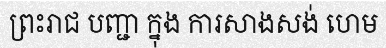
ព្រះរាជ បញ្ជា ក្នុង ការសាងសង់ ហេម